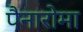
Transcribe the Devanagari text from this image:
पैनारोमा